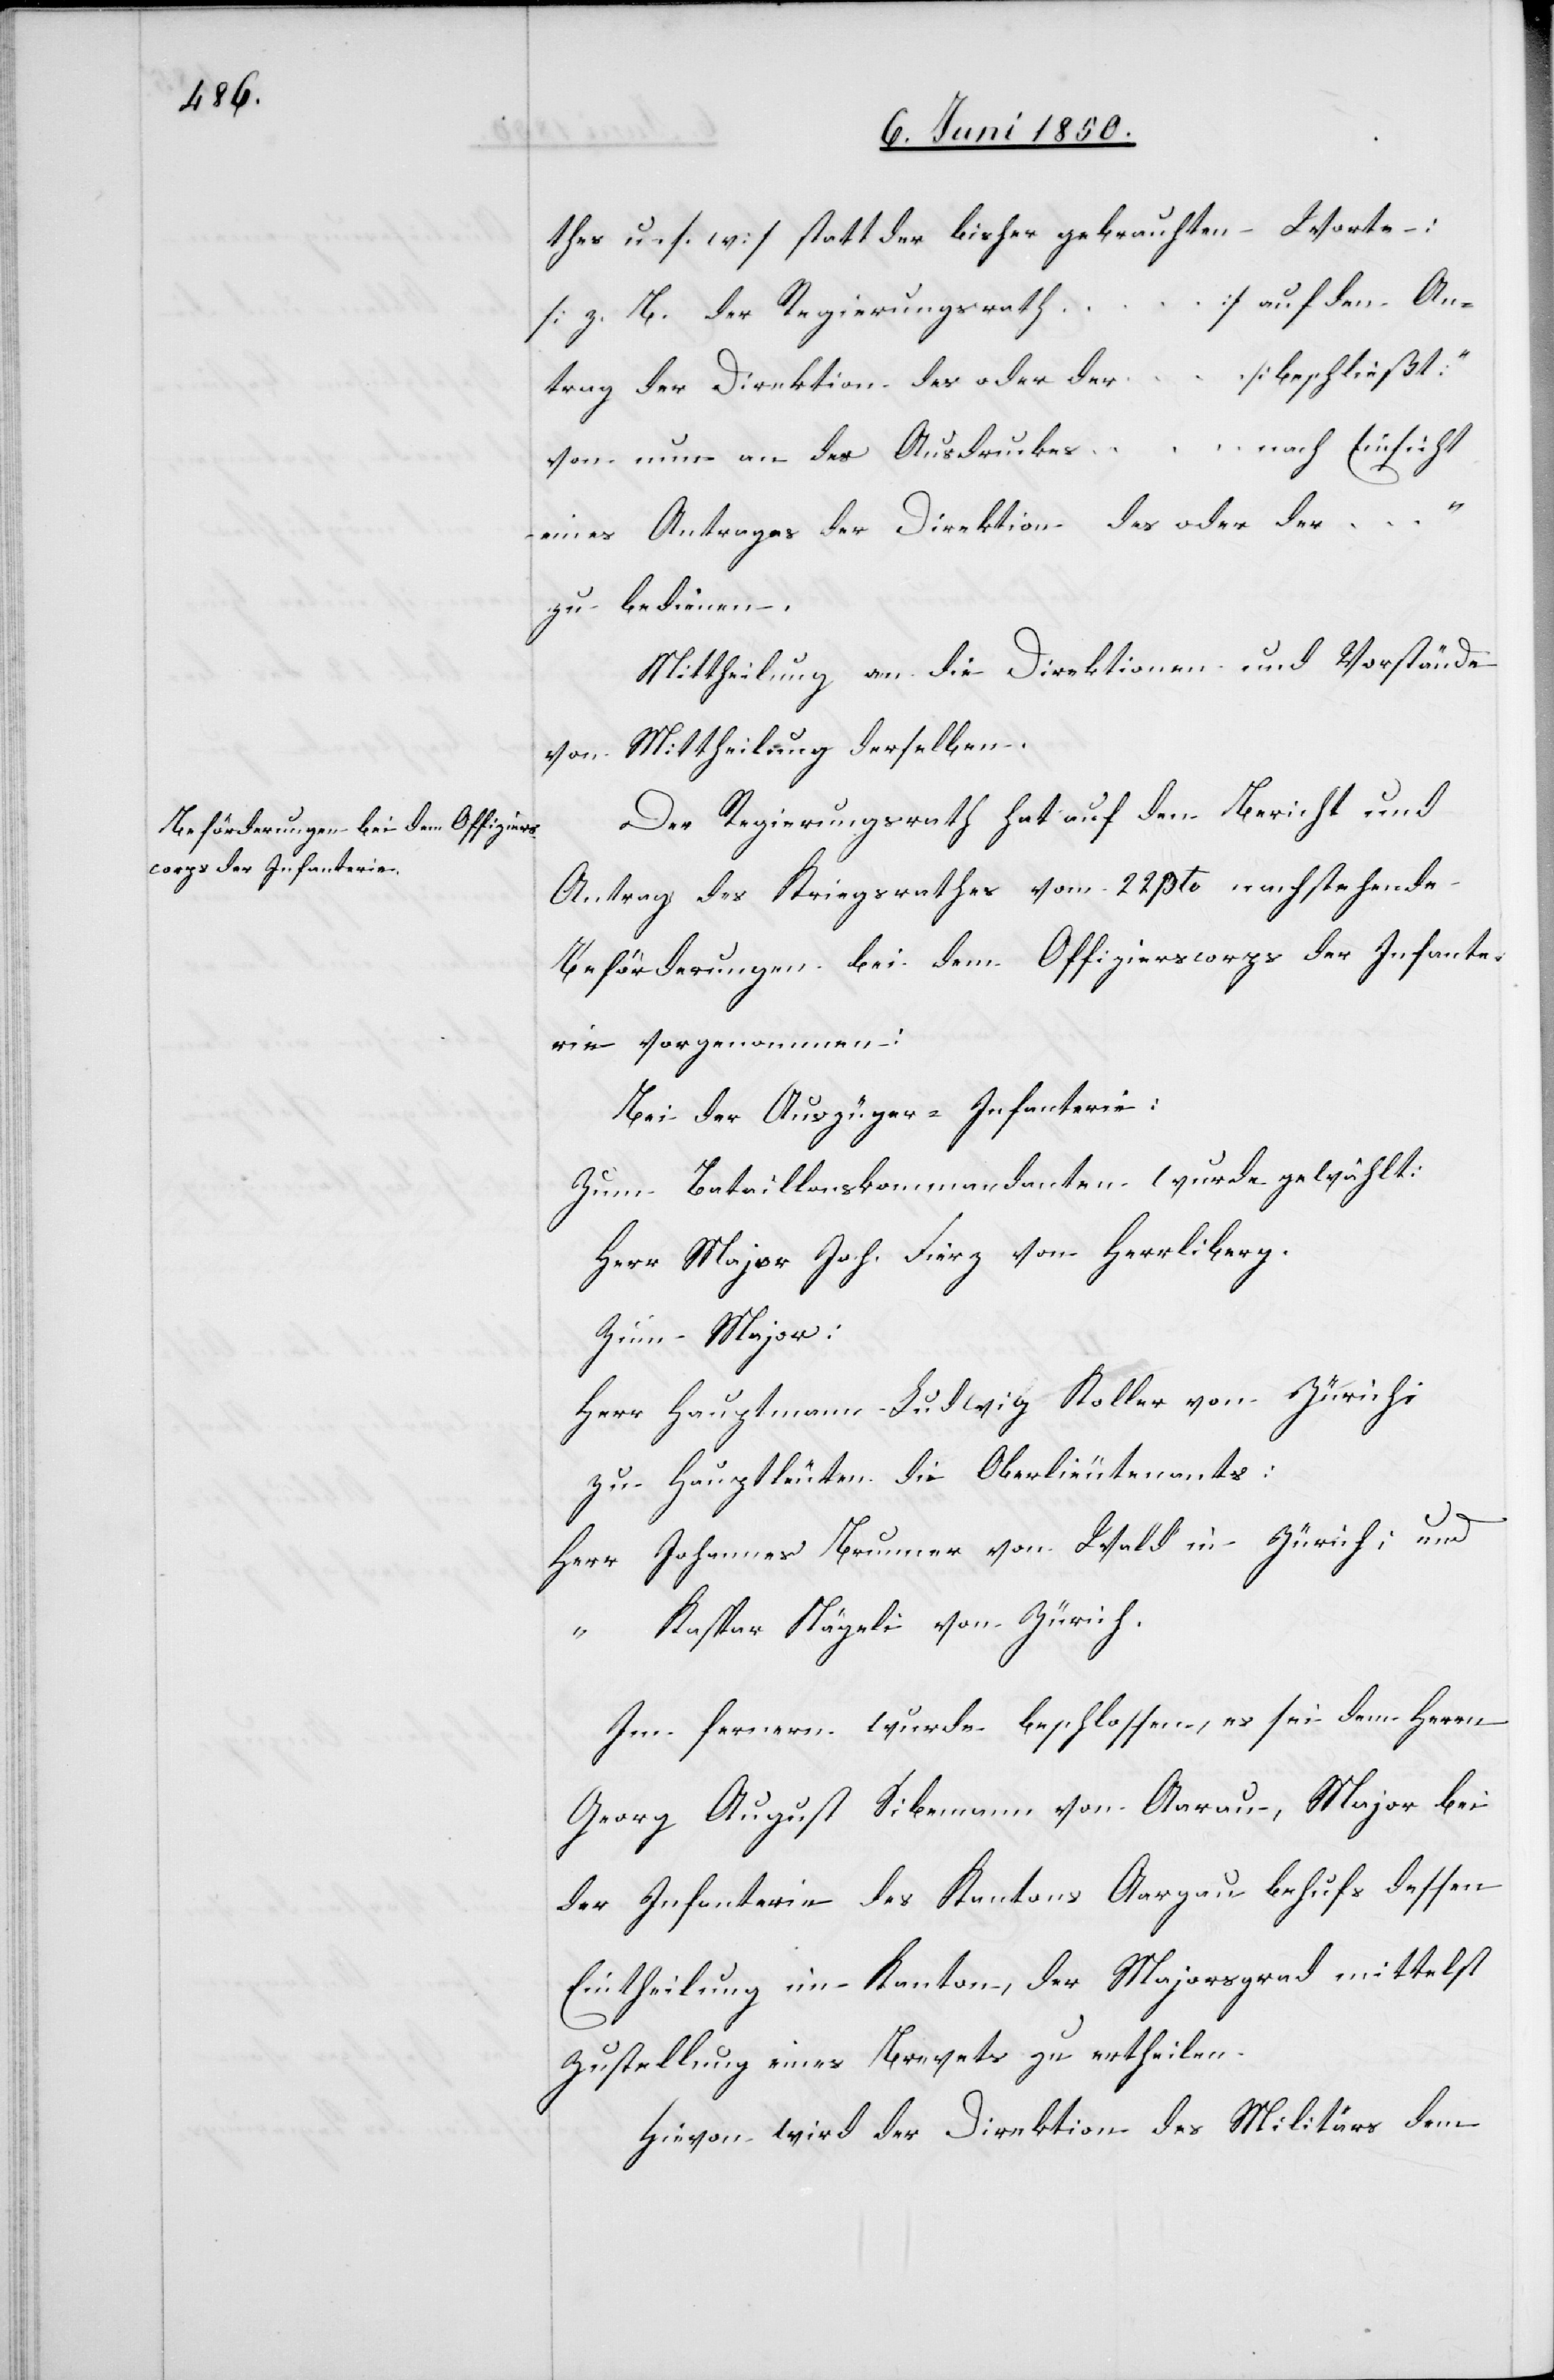
hes u. s. w.] statt der bisher gebrauchten Worte:
…] auf den An¬
[z. B. der Regierungsrath
[beschließt
[ra]t¬
trag der Direktion des oder der
… nach Einsicht
von nun an des Ausdruckes
eines Antrages der Direktion des oder der …“
zu bedienen.
Mittheilung an die Direktionen und Vorstände
von Mittheilung derselben.
Der Regierungsrath hat auf den Bericht und
Antrag des Kriegsrathes vom 22 pto nachstehende
Beförderungen bei dem Offizierscorps der Infante¬
rie vorgenommen:
Bei der Auszüger-Infanterie:
Zum Bataillonskommandanten wurde gewählt:
Herr Major Joh. Fierz von Herrliberg.
Zum Major:
Herr Hauptmann Ludwig Koller von Zürich;
Zu Hauptleuten die Oberlieutenants:
Herr Johannes Brunner von Wald in Zürich; und
Kaspar Nägeli von Zürich.
…
Im fernern wurde beschlossen, es sei dem Herrn
Georg August Sibemann von Aarau, Major bei
der Infanterie des Kantons Aargau behufs dessen
Eintheilung im Kanton, der Majorsgrad mittelst
Zustellung eines Brevets zu ertheilen.
Hievon wird der Direktion des Militärs dem